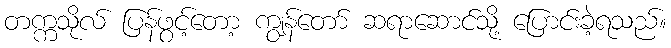
တက္ကသိုလ် ပြန်ဖွင့်တော့ ကျွန်တော် ဆရာဆောင်သို့ ပြောင်းခဲ့ရသည်။